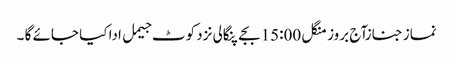
نماز جنازآج بروز منگل 15:00بجے پنگالی نزد کوٹ جیمل ادا کیا جائے گا ۔